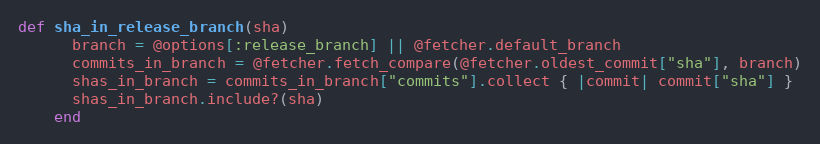
Language: Ruby
def sha_in_release_branch(sha)
      branch = @options[:release_branch] || @fetcher.default_branch
      commits_in_branch = @fetcher.fetch_compare(@fetcher.oldest_commit["sha"], branch)
      shas_in_branch = commits_in_branch["commits"].collect { |commit| commit["sha"] }
      shas_in_branch.include?(sha)
    end